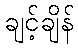
ချင့်ချိန်